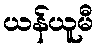
ယန်ယူမီ